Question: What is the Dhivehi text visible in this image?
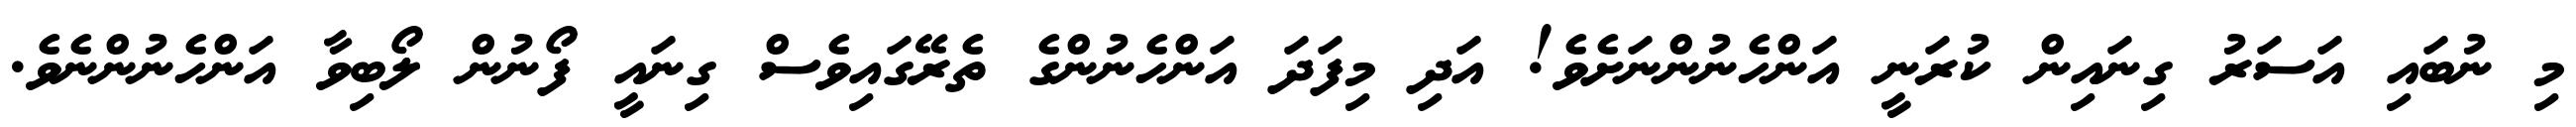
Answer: މި ނުބައި އަސަރު ގިނައިން ކުރަނީ އަންހެނުންނަށެވެ! އަދި މިފަދަ އަންހެނުންގެ ތެރޭގައިވެސް ގިނައީ ފޯނުން ލޯބިވާ އަންހެނުންނެވެ.